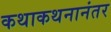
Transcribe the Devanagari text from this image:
कथाकथनानंतर